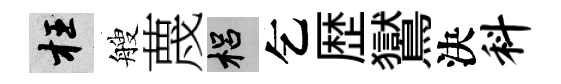
枉艘蔑梠乞歴鸑決料